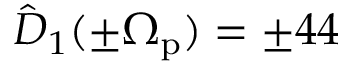
\hat { D } _ { 1 } ( \pm \Omega _ { \mathrm { p } } ) = \pm 4 4